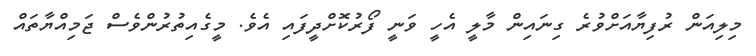
މިލިއަން ރުފިޔާއަށްވުރެ ގިނައިން މާލީ އެހީ ވަނީ ފޯރުކޮށްދީފައި އެވެ. މީގެއިތުރުންވެސް ޖަމިއްޔާތައް